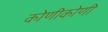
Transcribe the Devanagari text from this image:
कोणीकोणी